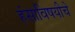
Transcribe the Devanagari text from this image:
हंसाविषयीचे